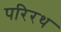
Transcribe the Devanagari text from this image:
परिरथ